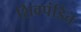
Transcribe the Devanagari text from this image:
शिवपंडित